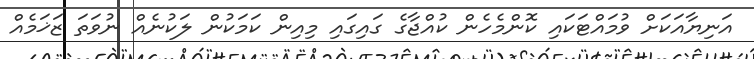
އަނިޔާއަކަށް ވުމައްޓަކައި ކޮންމެހެން ކުއްޖާގެ ގައިގައި މިއިން ކަމަކުން ލަކުނެއް ނުވަތަ ޒަޚަމެއް